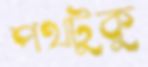
পথটুকু